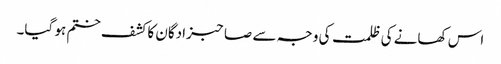
اس کھانے کی ظلمت کی وجہ سے صاحبزادگان کا کشف ختم ہو گیا۔